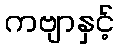
ကဗျာနှင့်